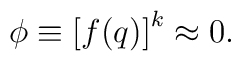
\phi \equiv \left[ f(q)\right] ^{k}\approx 0.